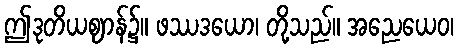
ဤဒုတိယဈာန်၌။ ဖဿဒယော၊ တို့သည်။ အညေယေဝ၊